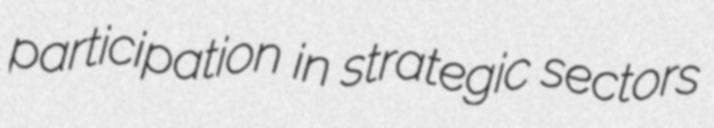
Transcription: participation in strategic sectors